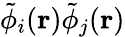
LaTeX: \tilde{\phi}_{i}(\mathbf{r})\tilde{\phi}_{j}(\mathbf{r})